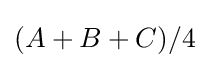
(A+B+C)/4